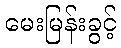
မေးမြန်းခွင့်